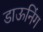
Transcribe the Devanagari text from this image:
डाऊनिंग